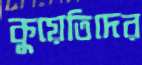
কুয়েতিদের